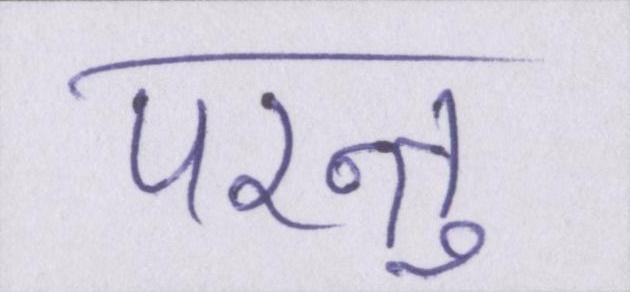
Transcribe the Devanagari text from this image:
परन्तु